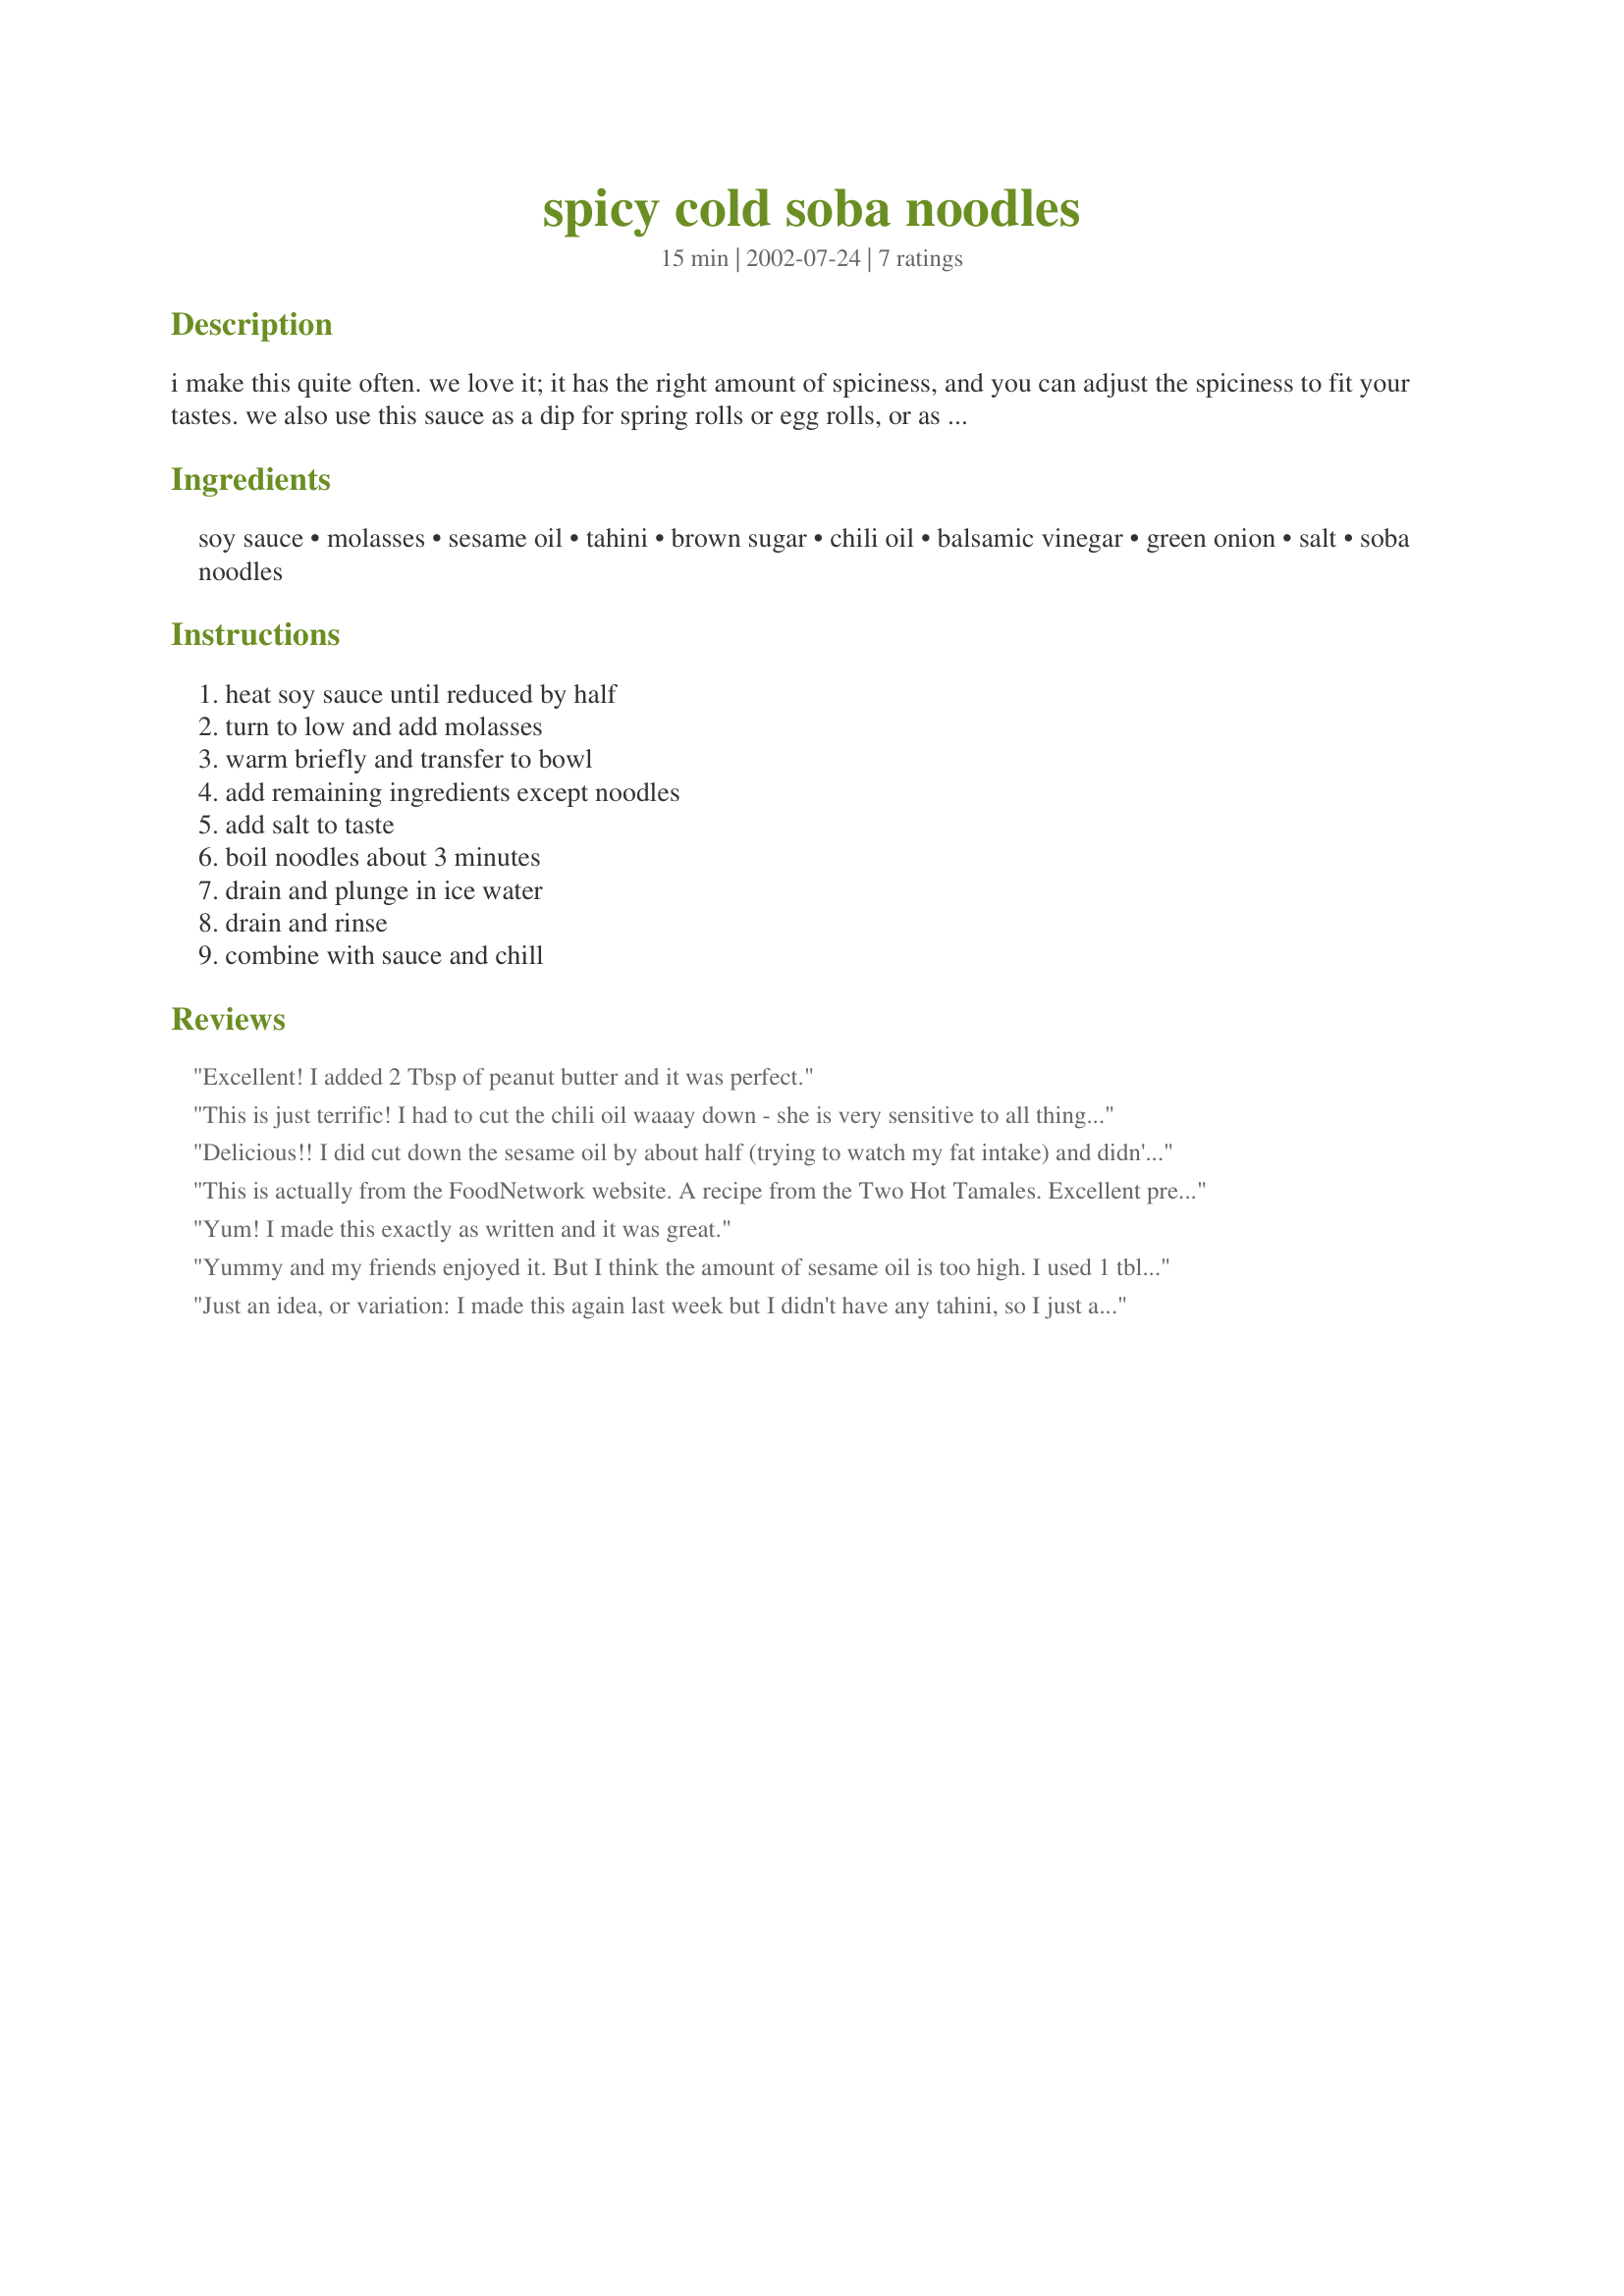
spicy cold soba noodles
Preparation time: 15 minutes

i make this quite often. we love it; it has the right amount of spiciness, and you can adjust the spiciness to fit your tastes. we also use this sauce as a dip for spring rolls or egg rolls, or as a sauce for broccoli or other stir fried asian vegetables.

Ingredients:
soy sauce, molasses, sesame oil, tahini, brown sugar, chili oil, balsamic vinegar, green onion, salt, soba noodles

Steps:
heat soy sauce until reduced by half, turn to low and add molasses, warm briefly and transfer to bowl, add remaining ingredients except noodles, add salt to taste, boil noodles about 3 minutes, drain and plunge in ice water, drain and rinse, combine with sauce and chill

Reviews:
Excellent! I added 2 Tbsp of peanut butter and it was perfect.
This is just terrific! I had to cut the chili oil waaay down - she is very sensitive to all things hot. What is most interesting is the use of tahini instead of peanut butter - that really intensifies the sesame taste.

Had to make a substitution or two, no soba in the house, so used about 4 oz. of Chinese noodles + 4 oz. angel hair. It was still fine so the recipe works even if you don't have absolutely all the ingredients.

Happy slurping!
Delicious!! I did cut down the sesame oil by about half (trying to watch my fat intake) and didn't miss it at all. I added some chopped red pepper for color, as well as some sesame seeds for crunch. I found that the amount of sauce was enough for a whole pound of soba. Fantastic and very simple dish, one I will definitely make again! Thanks for posting!!
This is actually from the FoodNetwork website. A recipe from the Two Hot Tamales. Excellent prepared as written. I have added chicken or tofu . Also matchstick carrots are good added. Great to prepare ahead in the summer, or anytime!
Yum! I made this exactly as written and it was great.
Yummy and my friends enjoyed it. But I think the amount of sesame oil is too high. I used 1 tblsp and it seemed enough to me. I tried it both with tahini and peanut butter. I prefer tahini and it mixed in better. I had to heat the sauce in the microwave to get the peanut butter to mix in with the sauce properly. Very good though!
Just an idea, or variation: I made this again last week but I didn't have any tahini, so I just added peanut butter to taste (about 3-4 tbs? not sure how much). BF liked it even better that way! And to add texture I added a bunch of sesame seeds. Just wanted to let that be known in case someone can't find tahini :-)
